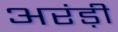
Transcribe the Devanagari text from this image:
अरंड़ी